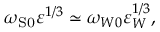
\omega _ { \mathrm { { S } 0 } } \varepsilon ^ { 1 / 3 } \simeq \omega _ { W 0 } \varepsilon _ { W } ^ { 1 / 3 } ,